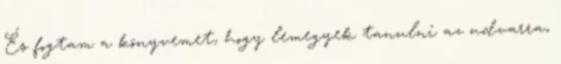
És fogtam a könyvemet, hogy lemegyek tanulni az udvarra,